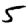
Digit: 5